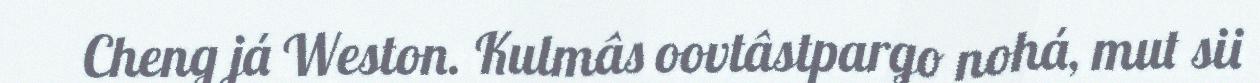
Cheng já Weston. Kulmâs oovtâstpargo nohá, mut sii